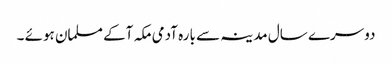
دوسرے سال مدینہ سے بارہ آدمی مکہ آکے مسلمان ہوئے ۔